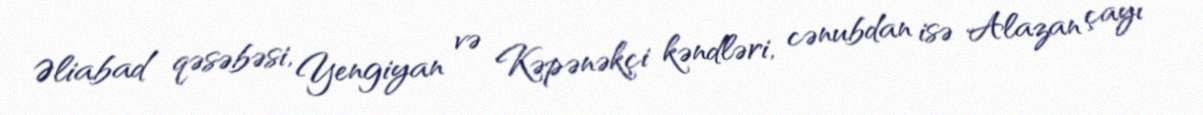
Əliabad qəsəbəsi, Yengiyan və Kəpənəkçi kəndləri, cənubdan isə Alazan çayı